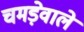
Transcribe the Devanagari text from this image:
चमड़ेवाले